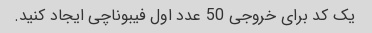
یک کد برای خروجی 50 عدد اول فیبوناچی ایجاد کنید.